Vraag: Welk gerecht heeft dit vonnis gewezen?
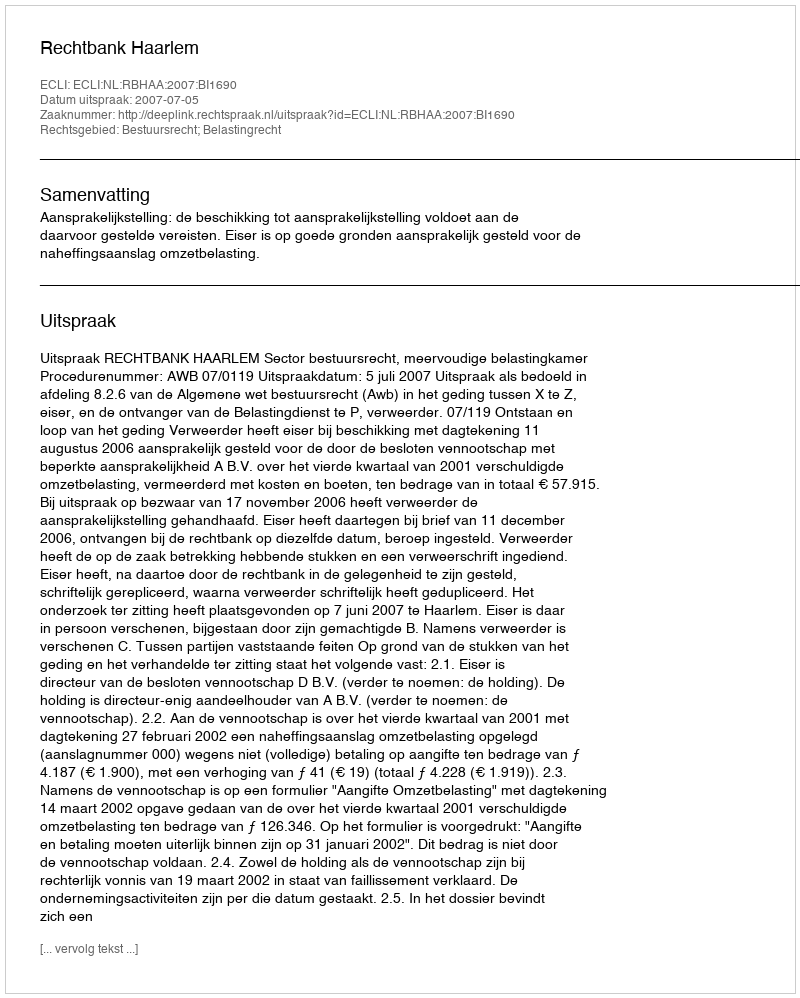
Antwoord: Rechtbank Haarlem